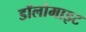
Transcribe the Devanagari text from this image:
डॉलोमाइट